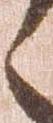
々